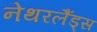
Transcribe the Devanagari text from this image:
नेथरलैंड्स